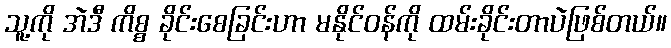
သူ့ကို အဲဒီ ကိစ္စ ခိုင်းစေခြင်းဟာ မနိုင်ဝန်ကို ထမ်းခိုင်းတာပဲဖြစ်တယ်။